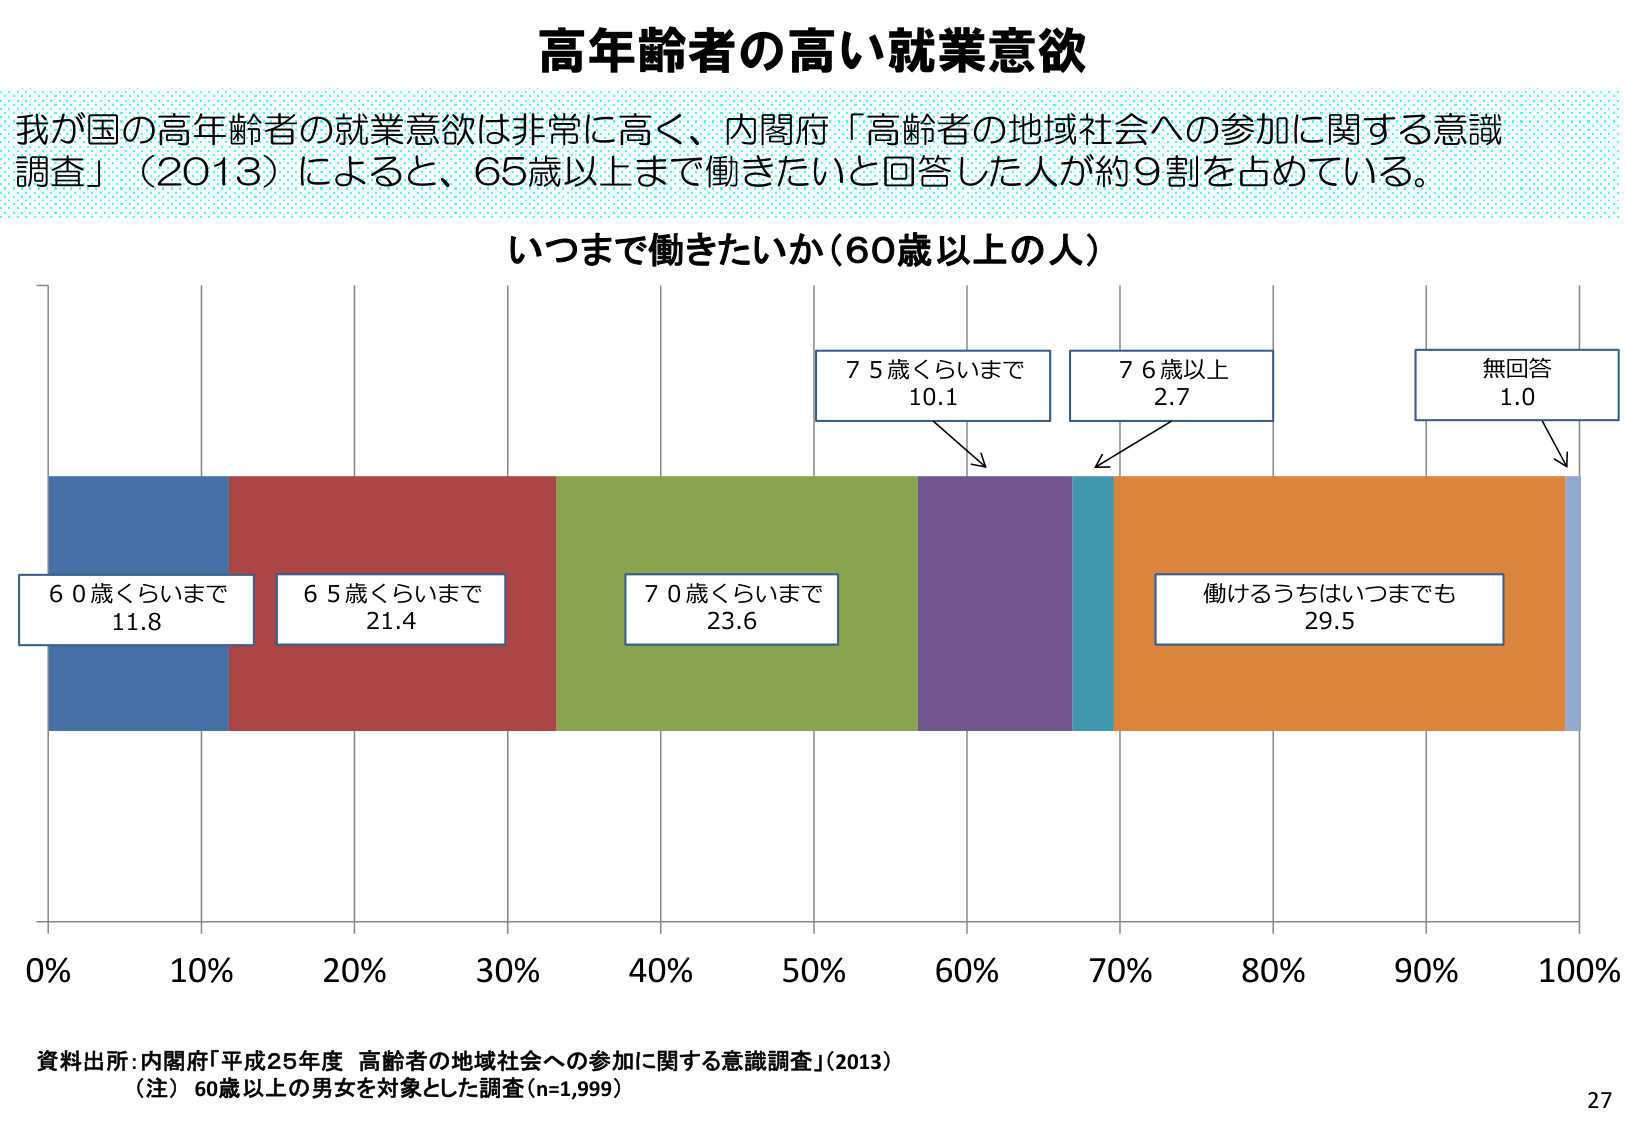
高年齢者の高い就業意欲

我が国の高年齢者の就業意欲は非常に高く、内閣府「高齢者の地域社会への参加に関する意識調査」（2013）によると、65歳以上まで働きたいと回答した人が約9割を占めている。

いつまで働きたいか（60歳以上の人）

60歳くらいまで
11.8

65歳くらいまで
21.4

70歳くらいまで
23.6

75歳くらいまで
10.1

76歳以上
2.7

働けるうちはいつまでも
29.5

無回答
1.0

0% 10% 20% 30% 40% 50% 60% 70% 80% 90% 100%

資料出所：内閣府「平成25年度 高齢者の地域社会への参加に関する意識調査」（2013）
（注）60歳以上の男女を対象とした調査（n=1,999）

27